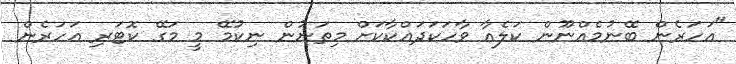
"އަހަރެން ބޭނުމެއްނޫން ކަލެއާ ވާހަކަދައްކާކަށް މިތަނުން ނިކުމޭ މީ މަގޭ ކޮޓަރި އަހަރެން